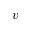
v